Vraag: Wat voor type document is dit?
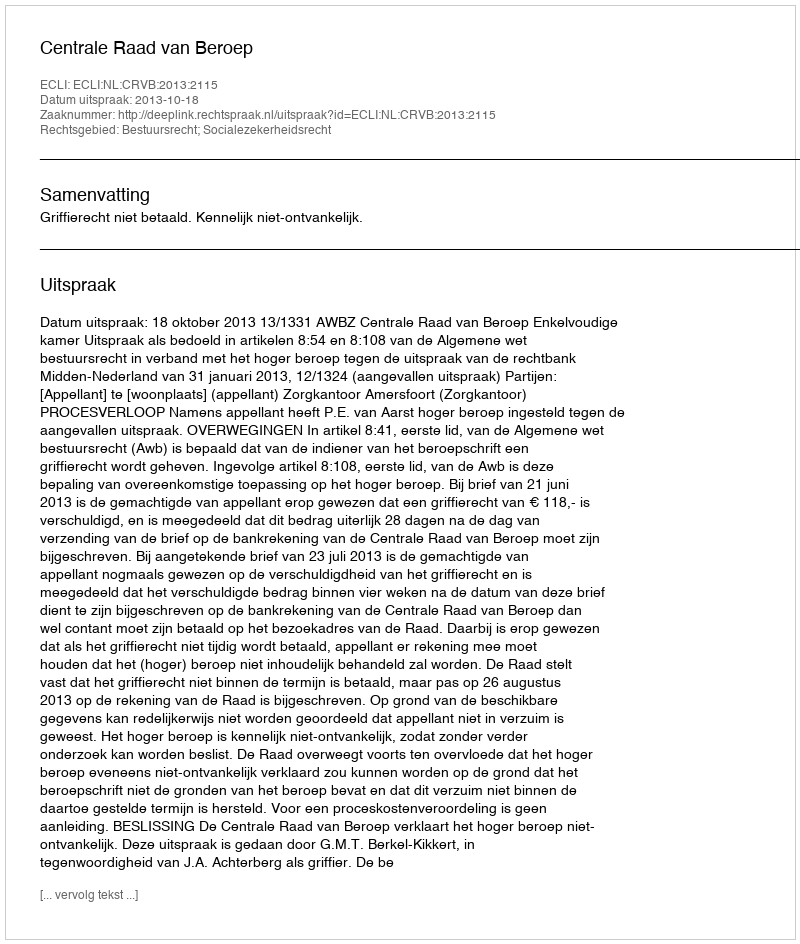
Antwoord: Uitspraak